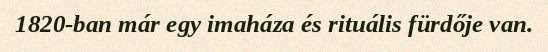
1820-ban már egy imaháza és rituális fürdője van.